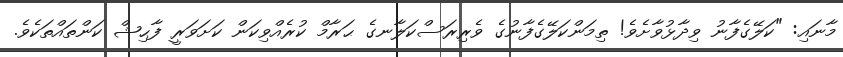
މާނައި: "ކަލޭގެފާނު ވިދާޅުވާށެވެ! ތިމަންކަލޭގެފާނުގެ ވެރިރަސްކަލާނގެ ޙަރާމް ކުރެއްވިކަން ކަށަވަރީ ފާޙިޝް ކަންތައްތަކެވެ.